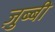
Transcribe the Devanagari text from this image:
ज़ुब्बी